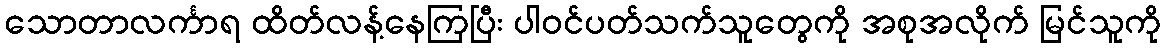
သောတာလင်္ကာရ ထိတ်လန့်နေကြပြီး ပါဝင်ပတ်သက်သူတွေကို အစုအလိုက် မြင်သူကို